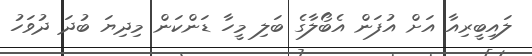
ލައިބީރިއާ އަށް އުފަން އެބޯލާގެ ބަލި މީހާ ޑަންކަން މިދިޔަ ބުދަ ދުވަހު